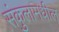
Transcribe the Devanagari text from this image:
संकुलामधील